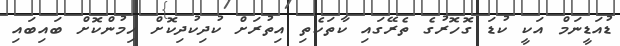
ޑުއަޑީނަމް އަކީ ކުޑަ ގޮހޮރުގެ ތެރޭގައި ކާތަކެތި އިތުރަށް ކުދިކުދިކޮށް ހިމުންކޮށް ބައިބައި